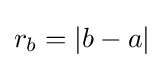
{\textstyle r_{b}=\left\vert b-a\right\vert }